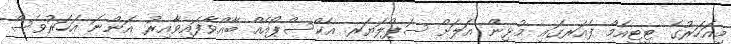
މިއަހަރުގެ ޓީޓީއެމް ފެއަރގައި މުޅިން އަލަށް ސަޕްލަޔަރ އެކްސްޕޯއެއް ބާއްވާފައިވާއިރު އަންނަ އަހަރުވެސް